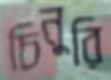
চিনুরি